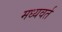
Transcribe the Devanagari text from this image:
मध्यवर्त